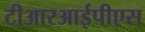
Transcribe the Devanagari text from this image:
टीआरआईपीएस